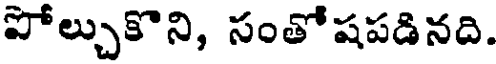
పోల్చుకొని, సంతోషపడినది.